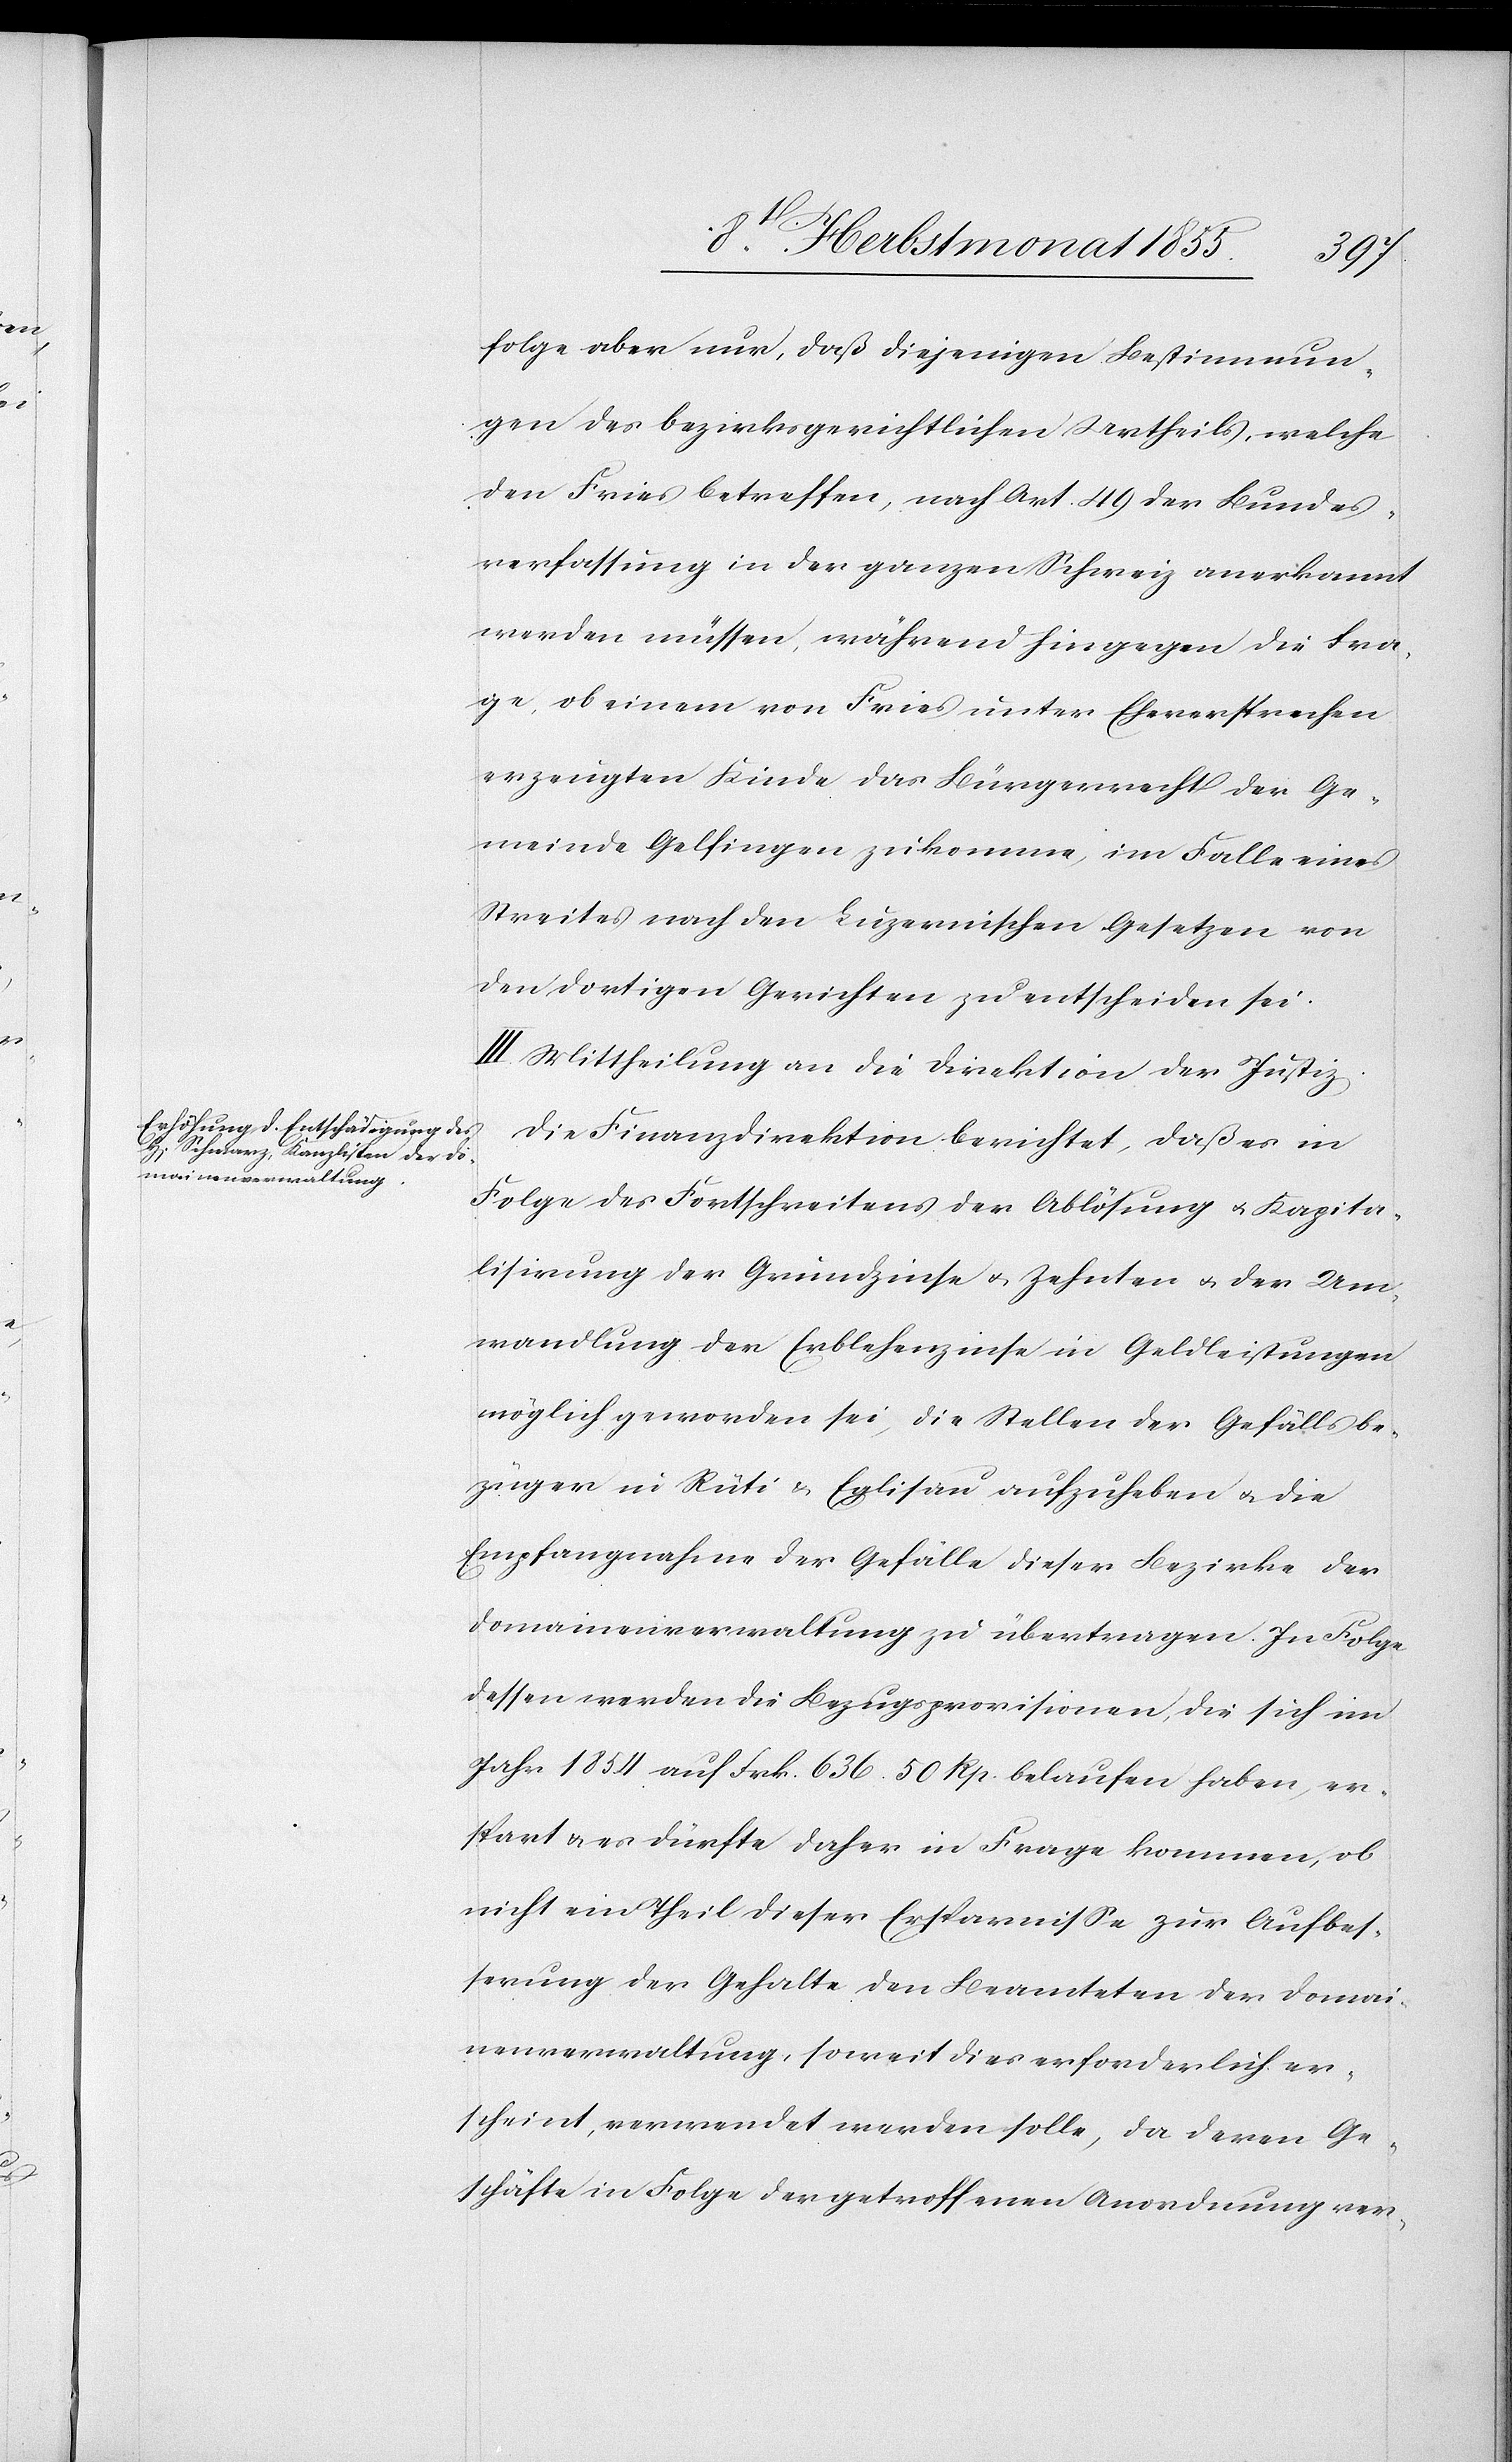
folge aber nur, daß diejenigen Bestimmun¬
gen des bezirksgerichtlichen Urtheils, welche
den Fries betreffen, nach Art. 49 der Bundes¬
verfassung in der ganzen Schweiz anerkannt
werden müssen, während hingegen die Fra¬
ge, ob einem von Fries unter Eheversprechen
erzeugten Kinde das Bürgerrecht der Ge¬
meinde Gelfingen zukomme, im Falle eines
Streites nach den Luzernischen Gesetzen von
den dortigen Gerichten zu entscheiden sei.
III. Mittheilung an die Direktion der Justiz.
Die Finanzdirektion berichtet, daß es in
Folge des Fortschreitens der Ablösung & Kapita¬
lisirung der Grundzinse & Zehnten & der Um¬
wandlung der Erblehenzinse in Geldleistungen
möglich geworden sei, die Stellen der Gefällsbe¬
züger in Rüti & Eglisau aufzuheben & die
Empfangnahme der Gefälle dieser Bezirke der
Domainenverwaltung zu übertragen. In Folge
dessen werden die Bezugsprovisionen, die sich im
Jahr 1854 auf Frk. 636. 50 Rp. belaufen haben, er¬
spart & es dürfte daher in Frage kommen, ob
nicht ein Theil dieser Ersparnisse zur Aufbes¬
serung der Gehalte den Beamteten der Domai¬
nenverwaltung, soweit dies erforderlich er¬
scheint, verwendet werden solle, da deren Ge¬
schäfte in Folge der getroffenen Anordnung ver-